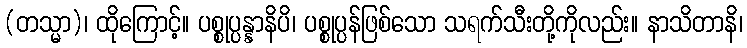
(တသ္မာ)၊ ထိုကြောင့်။ ပစ္စုပ္ပန္နာနိပိ၊ ပစ္စုပ္ပန်ဖြစ်သော သရက်သီးတို့ကိုလည်း။ နာသိတာနိ၊